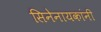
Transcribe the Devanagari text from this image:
सिनेनायकांनी